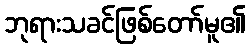
ဘုရားသခင်ဖြစ်တော်မူ၏